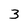
Character: 3